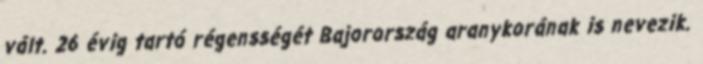
vált. 26 évig tartó régensségét Bajorország aranykorának is nevezik.